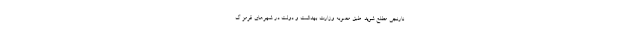
نارنجی مطلع شوید. طبق مصوبه وزارت بهداشت و دولت در شهر‌های قرمز گ